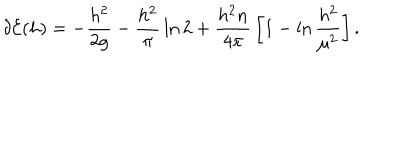
\delta { \cal E } ( h ) = - { \frac { h ^ { 2 } } { 2 g } } - { \frac { h ^ { 2 } } { \pi } } \ln 2 + { \frac { h ^ { 2 } n } { 4 \pi } } \left[ 1 - \ln { \frac { h ^ { 2 } } { \mu ^ { 2 } } } \right] .